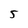
Character: 5